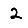
Digit: 2